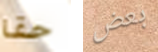
حقا بعض